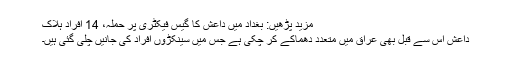
مزید پڑھیں: بغداد میں داعش کا گیس فیکٹری پر حملہ، 14 افراد ہلاک
داعش اس سے قبل بھی عراق میں متعدد دھماکے کر چکی ہے جس میں سینکڑوں افراد کی جانیں چلی گئی ہیں۔